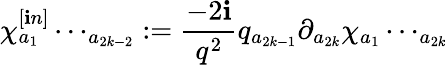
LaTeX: \chi_{a{_1}}^{[\mathbf{i}n]}\cdots_{a{_{2k-2}}}:=\frac{{-2\mathbf{i}}}{{q^{2}}}q_{a{_{2k-1}}}\partial_{a{_{2k}}}\chi_{a{_1}}\cdots_{a{_{2k}}}